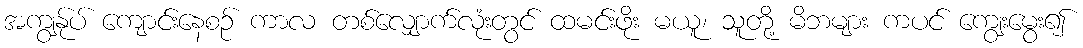
အကျွန်ုပ် ကျောင်းနေစဉ် ကာလ တစ်လျှောက်လုံးတွင် ထမင်းဖိုး မယူ၊ သူတို့ မိဘများ ကပင် ကျွေးမွေး၍